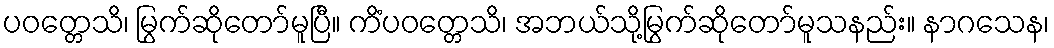
ပဝတ္တေသိ၊ မြွက်ဆိုတော်မူပြီ။ ကိံပဝတ္တေသိ၊ အဘယ်သို့မြွက်ဆိုတော်မူသနည်း။ နာဂသေန၊